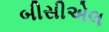
બીસીએલ